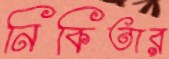
নিকিতার